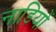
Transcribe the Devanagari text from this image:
नाड़ियों